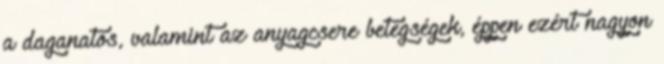
a daganatos, valamint az anyagcsere betegségek, éppen ezért nagyon